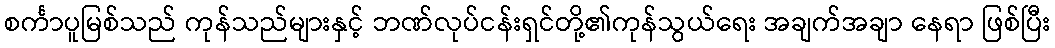
စင်္ကာပူမြစ်သည် ကုန်သည်များနှင့် ဘဏ်လုပ်ငန်းရှင်တို့၏ကုန်သွယ်ရေး အချက်အချာ နေရာ ဖြစ်ပြီး